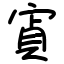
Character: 寊